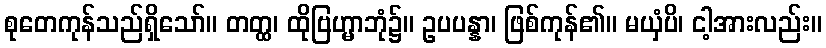
စုတေကုန်သည်ရှိသော်။ တတ္ထ၊ ထိုဗြဟ္မာဘုံ၌။ ဥပပန္နာ၊ ဖြစ်ကုန်၏။ မယှံပိ၊ ငါ့အားလည်း။